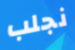
نجلب